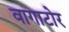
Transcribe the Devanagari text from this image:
वागाटोर